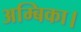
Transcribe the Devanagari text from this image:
अम्बिका।